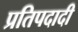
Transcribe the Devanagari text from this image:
प्रतिपदादी